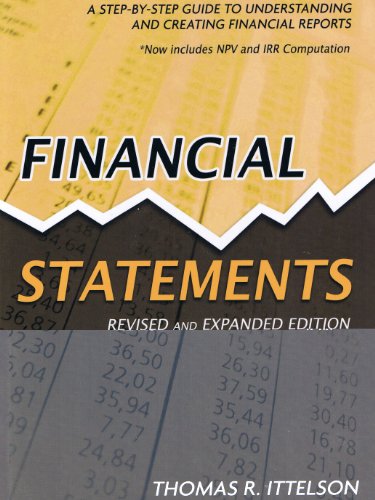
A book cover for Financial Statements; Thomas R. Ittelson; Business & Money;